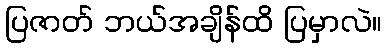
ပြဇာတ် ဘယ်အချိန်ထိ ပြမှာလဲ။